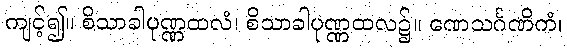
ကျင့်၍။ စိသာခါပုဏ္ဏထလံ၊ စိသာခါပုဏ္ဏထလ၌။ ဏေသင်္ဂဏိကံ၊